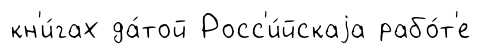
кн'и́гах да́той Росс'и́йскаjа рабо́т'е